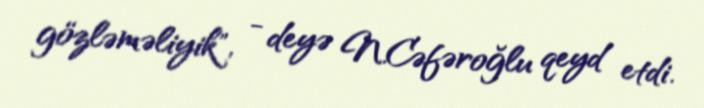
gözləməliyik", - deyə N.Cəfəroğlu qeyd etdi.